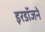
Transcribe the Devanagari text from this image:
इरडॉजने